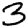
Digit: 3